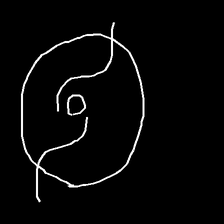
Glyph: repetition